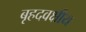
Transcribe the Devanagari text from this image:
बृहदवक्षीय